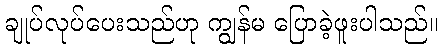
ချုပ်လုပ်ပေးသည်ဟု ကျွန်မ ပြောခဲ့ဖူးပါသည်။